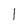
Character: 1